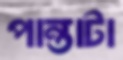
পান্তাটা